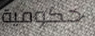
حكومية